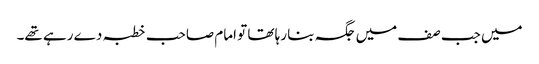
میں جب صف میں جگہ بنا رہا تھا تو امام صاحب خطبہ دے رہے تھے۔